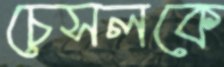
চেসলকে